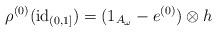
LaTeX: \begin{align*}\rho^{(0)}(\mathrm{id}_{(0,1]}) = (1_{A_{\omega}} - e^{(0)}) \otimes h\end{align*}